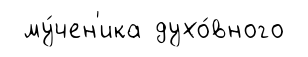
му́чен'ика духо́вного